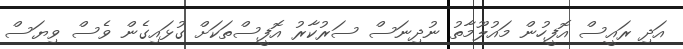
އަދި ރައީސް އޮފީހުން މައުލޫމާތު ނުދިނަސް ސަރުކާރު އޮފީސްތަކަށް ގުޅައިގެން ވެސް ވިޔަސް